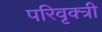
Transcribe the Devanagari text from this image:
परिवृक्त्री